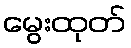
မွေးထုတ်